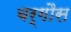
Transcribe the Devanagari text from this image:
बर्गौस